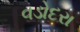
વડોદરા